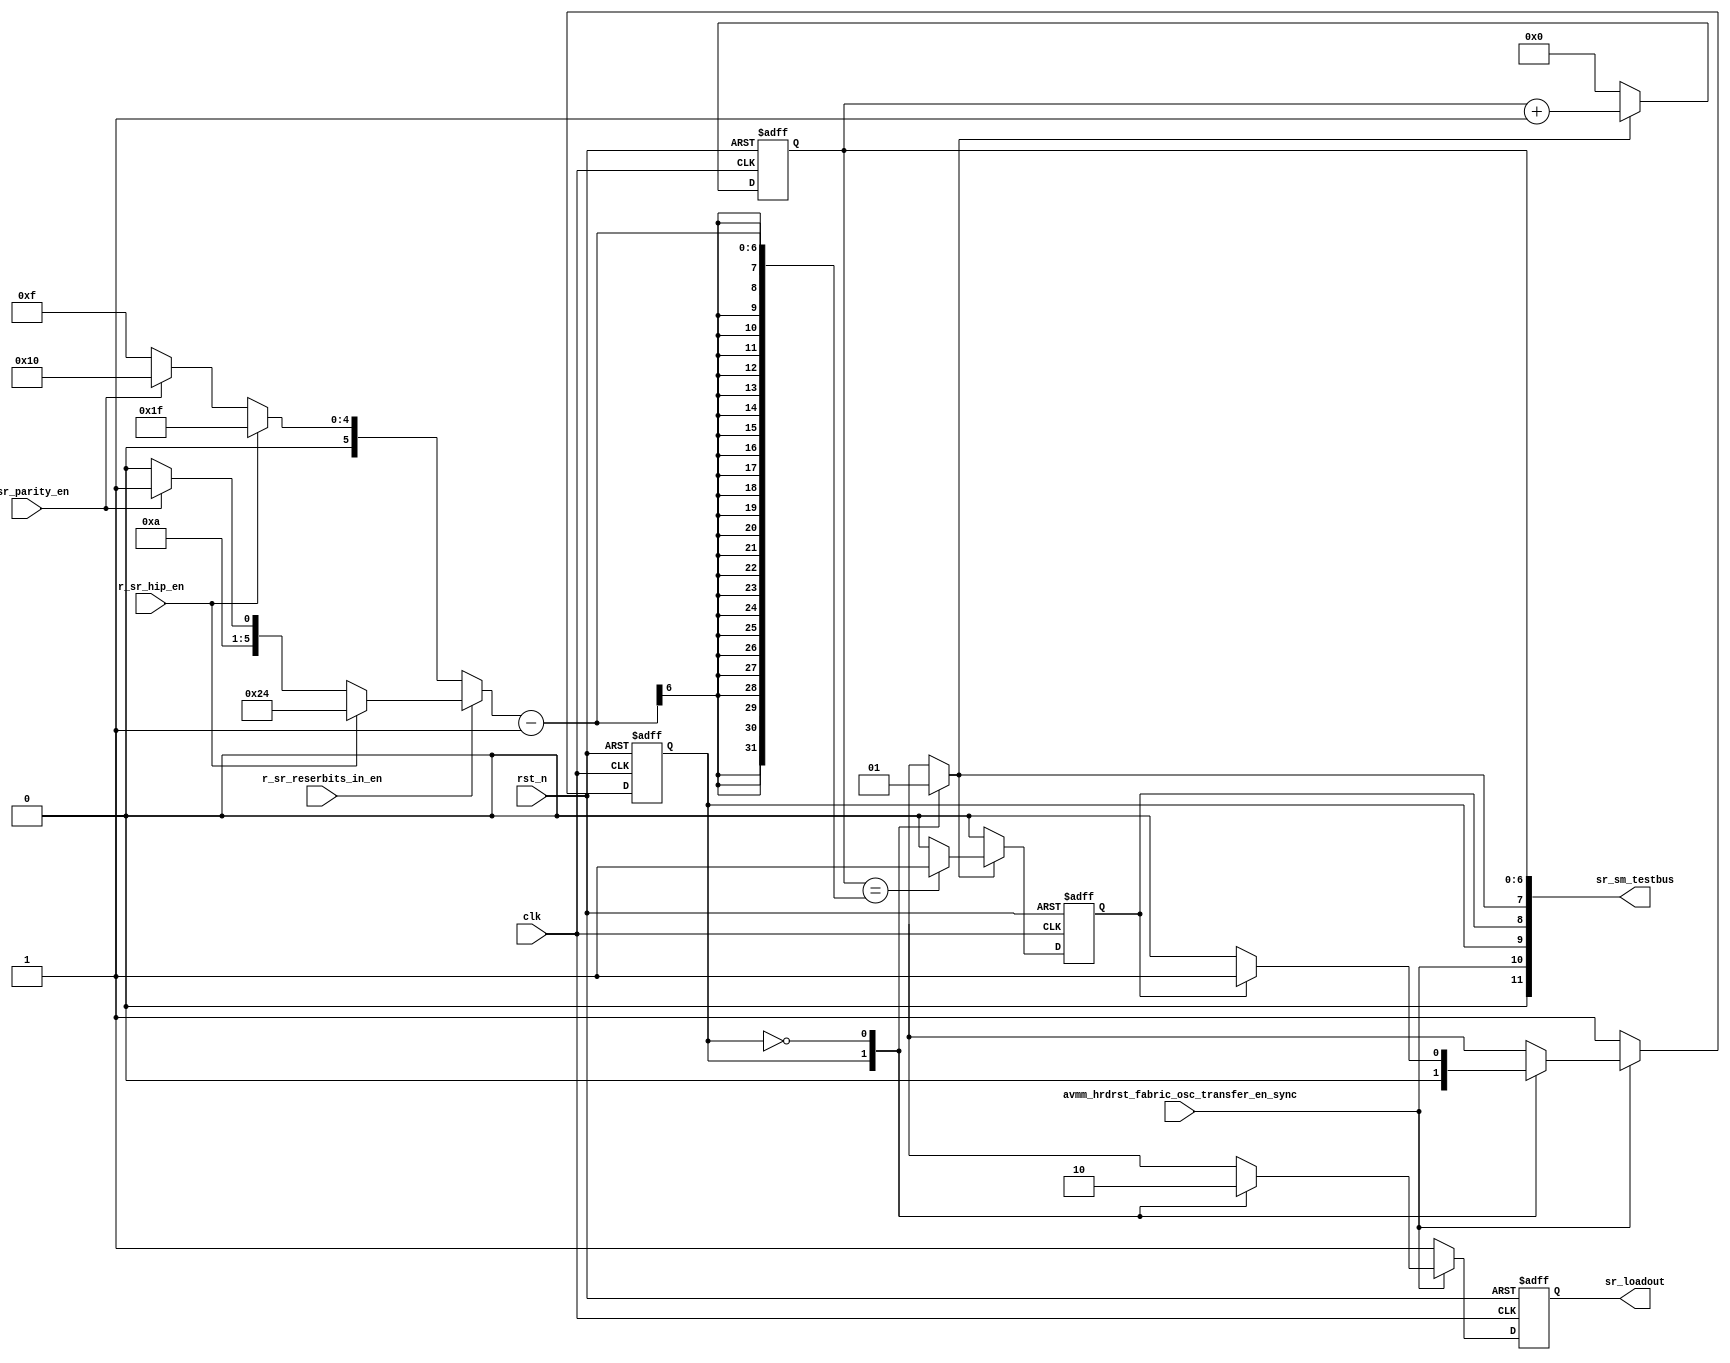
module hdpldadapt_sr_sm 
 #(
    parameter NUM_OF_PCS_CHAIN   = 7'd16,
    parameter NUM_OF_HIP_CHAIN   = 7'd16,
    parameter NUM_OF_RESERVED_CHAIN_SSRIN = 7'd5, 
    parameter NUM_OF_PARITY_IN = 7'd1
  )
(
input wire  clk,
input wire  rst_n,
input wire  r_sr_hip_en,
input wire  r_sr_parity_en,
input wire  r_sr_reserbits_in_en, 
input wire  avmm_hrdrst_fabric_osc_transfer_en_sync,

output wire [11:0] sr_sm_testbus,
output reg  sr_loadout
);


localparam SR_LOAD  = 1'b1;
localparam SR_SHIFT = 1'b0; 

reg sr_ns;
reg sr_cs;
reg sr_loadout_comb;

reg sr_counter_expired;
reg sr_count_start_comb;
reg  [6:0] sr_counter;
wire [6:0] sr_counter_target;

assign sr_counter_target = (!r_sr_reserbits_in_en) ? (r_sr_hip_en ? (NUM_OF_PCS_CHAIN + NUM_OF_HIP_CHAIN - 1) : !r_sr_parity_en ? (NUM_OF_PCS_CHAIN - 1) : (NUM_OF_PARITY_IN + NUM_OF_PCS_CHAIN - 1) ) :
                                                     (r_sr_hip_en ? (NUM_OF_PCS_CHAIN + NUM_OF_HIP_CHAIN + NUM_OF_RESERVED_CHAIN_SSRIN - 1) : 
                                                     !r_sr_parity_en ? (NUM_OF_PCS_CHAIN + NUM_OF_RESERVED_CHAIN_SSRIN - 1) : (NUM_OF_PARITY_IN + NUM_OF_PCS_CHAIN + NUM_OF_RESERVED_CHAIN_SSRIN - 1));

assign sr_sm_testbus = {1'b0, avmm_hrdrst_fabric_osc_transfer_en_sync, sr_cs, sr_counter_expired, sr_count_start_comb, sr_counter[6:0]};

 
always @(*) begin
  sr_ns = sr_cs;
  sr_loadout_comb = 1'b0;
  sr_count_start_comb = 1'b0;
 
  case (sr_cs)
    SR_LOAD: 
      begin
         sr_loadout_comb      = 1'b1;
         sr_count_start_comb  = 1'b0;
         sr_ns                = SR_SHIFT;
      end
    SR_SHIFT:
      begin
         sr_loadout_comb      = 1'b0;
         sr_count_start_comb  = 1'b1;
         if (sr_counter_expired == 1'b1) 
         begin 
             sr_ns      = SR_LOAD;
         end
      end
    default: 
      begin
         sr_loadout_comb     = 1'b1;
         sr_count_start_comb = 1'b0;
         sr_ns               = SR_LOAD;
      end
  endcase
end


always @(negedge rst_n or posedge clk)
  if (rst_n == 1'b0)
    begin
       sr_loadout <= 1'b1;
       sr_cs      <= SR_LOAD;
    end
  else if (avmm_hrdrst_fabric_osc_transfer_en_sync == 1'b0)
    begin
       sr_loadout <= 1'b1;
       sr_cs      <= SR_LOAD;
    end
  else
    begin
       sr_loadout <= sr_loadout_comb;
       sr_cs      <= sr_ns;
    end
    
always @(negedge rst_n or posedge clk)
  if (rst_n == 1'b0)
    begin
      sr_counter <= 7'b000_0000;
      sr_counter_expired <= 1'b0; 
    end
  else
    begin
       if (sr_count_start_comb == 1'b1) begin
           sr_counter <= sr_counter + 7'b000_0001;
           sr_counter_expired <= (sr_counter[6:0] == (sr_counter_target[6:0]-1))? 1'b1: 1'b0;
       end
       else begin
           sr_counter <= 7'b000_0000;
           sr_counter_expired <= 1'b0;
       end
    end

endmodule